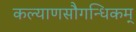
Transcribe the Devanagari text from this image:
कल्याणसौगन्धिकम्